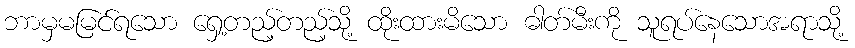
ဘာမှမမြင်ရသော ရှေ့တည့်တည့်သို့ ထိုးထားမိသော ဓါတ်မီးကို သူရပ်နေသောအရာသို့